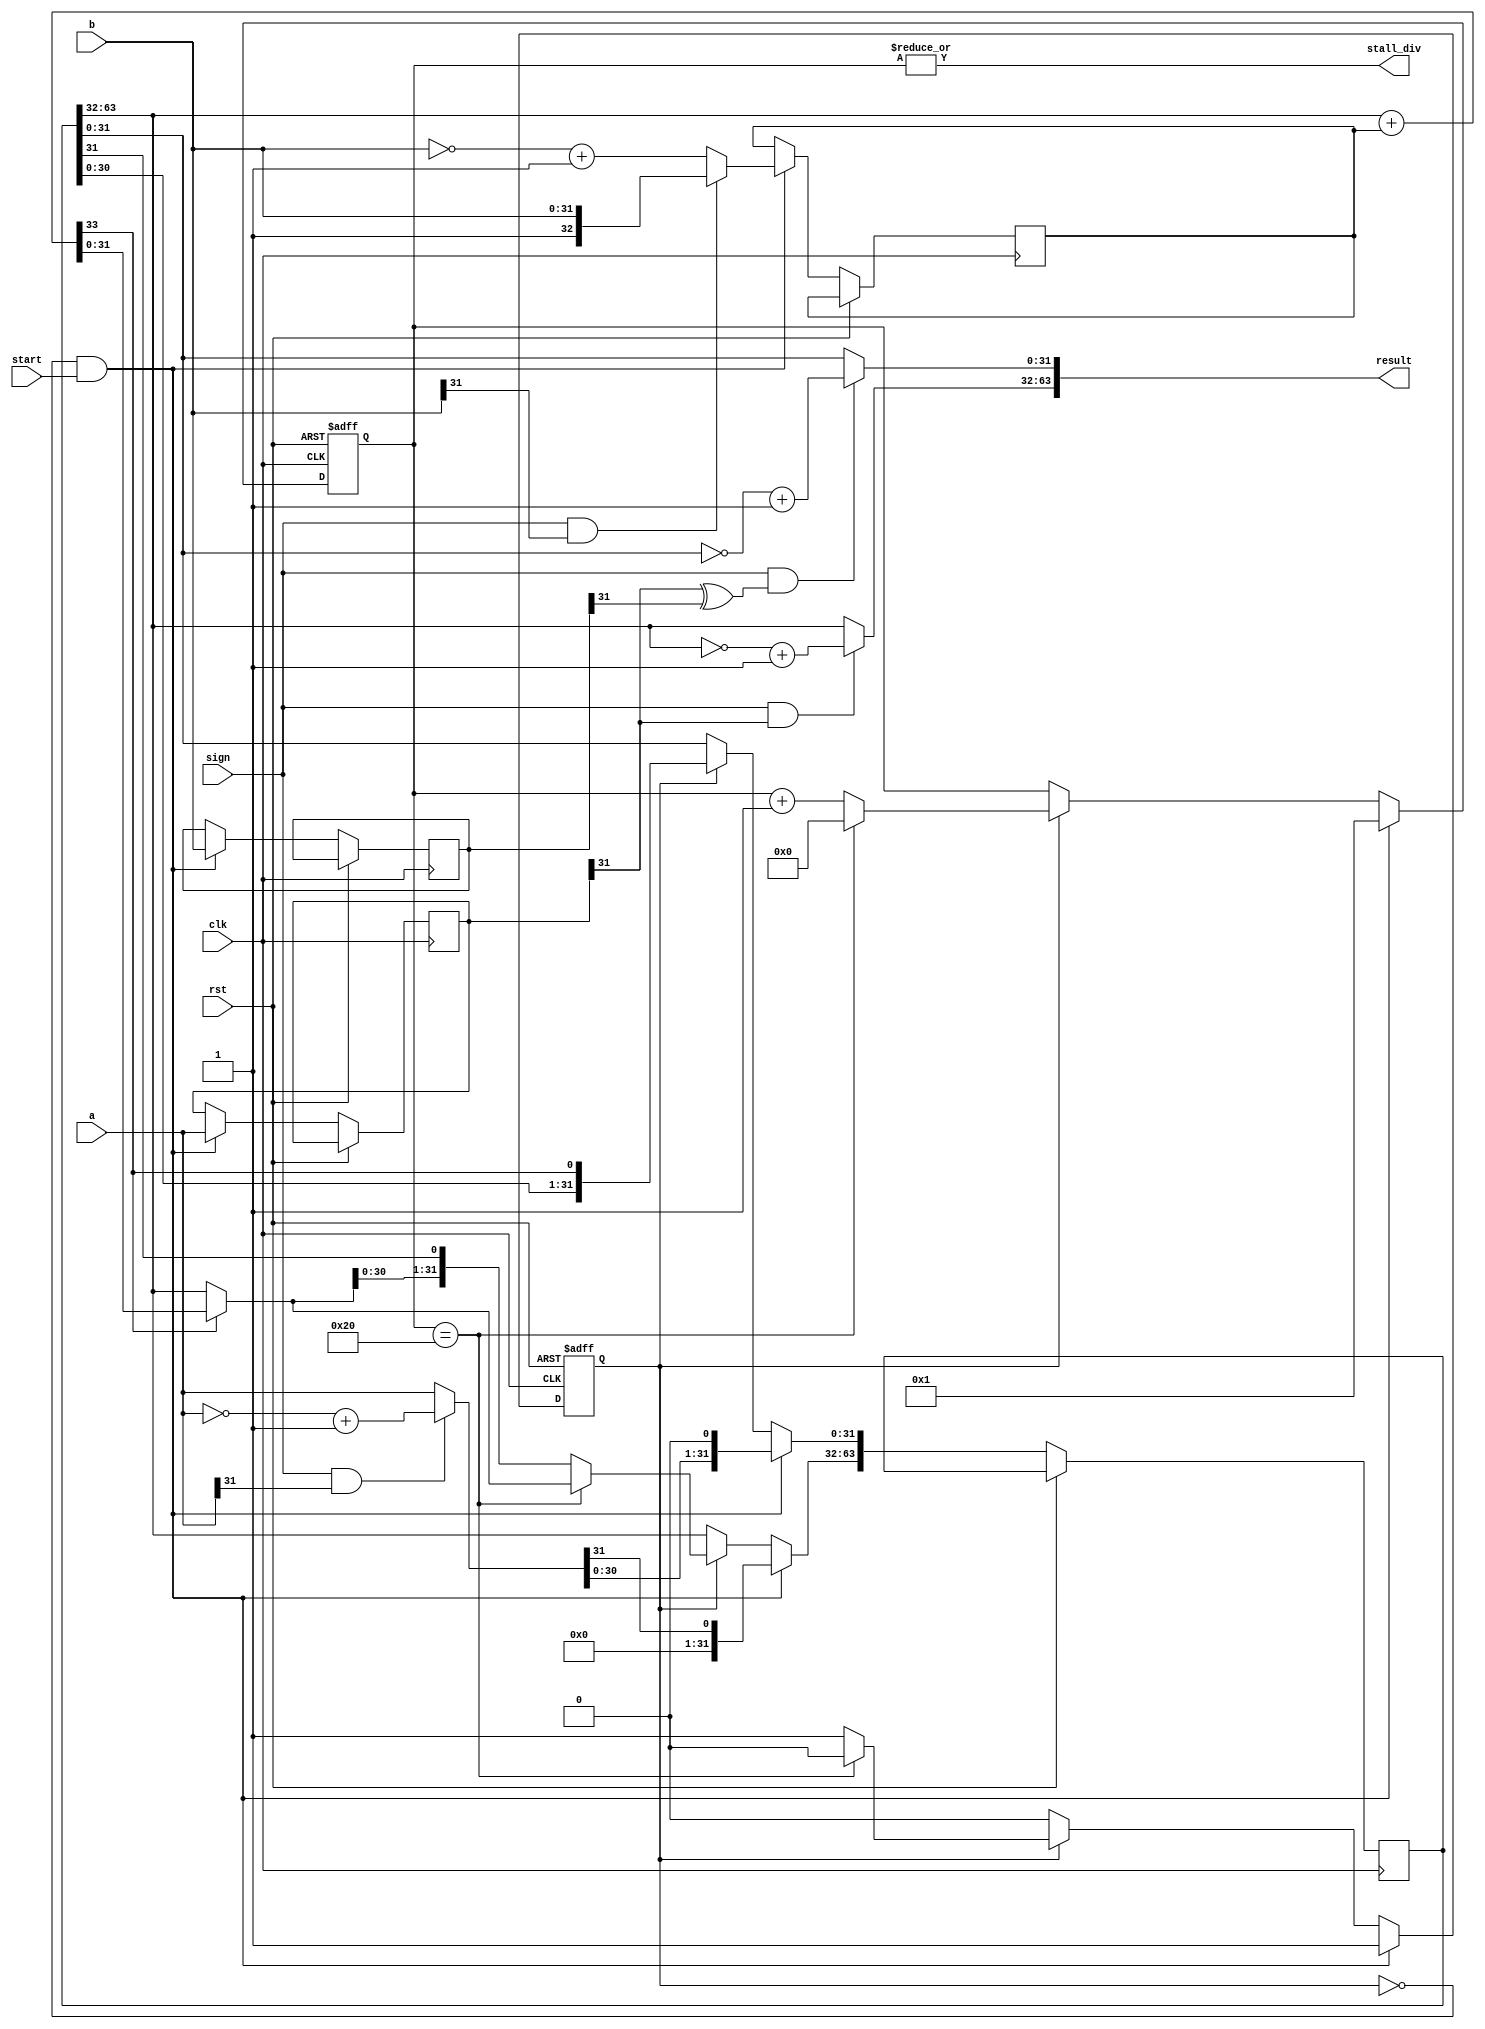
`timescale 1ns / 1ps
//////////////////////////////////////////////////////////////////////////////////
// Company: 
// Engineer: 
// 
// Design Name: 
// Module Name: divide_v1
// Project Name: 
// Target Devices: 
// Tool Versions: 
// Description: 
// 
// Dependencies: 
// 
// Revision:
// Revision 0.01 - File Created
// Additional Comments:
// 
//////////////////////////////////////////////////////////////////////////////////

module divide_v1(
    input               clk,
    input               rst,
    input [31:0]        a,
    input [31:0]        b,
    input               start,
    input               sign,
    output wire         stall_div,
    output [63:0]       result
    );

    reg [31:0] a_tmp,b_tmp;
    reg [63:0] SR;              //shift register
    reg [32:0] NEG_DIVISOR;    // 2's complement
    wire [31:0] REMAINER, QUOTIENT;
    assign REMAINER = SR[63:32];    //
    assign QUOTIENT = SR[31: 0];    //

    wire [31:0] divident_abs;
    wire [32:0] divisor_abs;
    wire [31:0] remainer, quotient;

    assign divident_abs = (sign & a[31]) ? ~a + 1'b1 : a;
    //
    assign remainer = (sign & a_tmp[31]) ? ~REMAINER + 1'b1 : REMAINER;
    assign quotient = sign & (a_tmp[31] ^ b_tmp[31]) ? ~QUOTIENT + 1'b1 : QUOTIENT;
    assign result = {remainer,quotient};

    wire CO;
    wire [32:0] sub_result;
    wire [32:0] mux_result;
    
    assign {CO,sub_result} = {1'b0,REMAINER} + NEG_DIVISOR;//sub
    assign mux_result = CO ? sub_result : {1'b0,REMAINER};//mux

    //
    reg [5:0] cnt;
    reg start_cnt;
    always @(posedge clk, posedge rst) begin
        if(rst) begin
            cnt <= 0;
            start_cnt <= 0;
        end
        else if(!start_cnt & start) begin
            cnt <= 1;
            start_cnt <= 1;
            //Register init
            a_tmp<=a;
            b_tmp<=b;
            SR[63:0] <= {31'b0,divident_abs,1'b0}; //1bit
            NEG_DIVISOR <= (sign & b[31]) ? {1'b1,b} : ~{1'b0,b} + 1'b1; 
        end
        else if(start_cnt) begin
            if(cnt==32) begin
                cnt <= 0;
                start_cnt <= 0;
                //
                SR[63:32] <= mux_result[31:0];
                SR[31:0] <= {SR[30:0],CO};
            end
            else begin
                cnt <= cnt + 1;
                SR[63:0] <= {mux_result[30:0],SR[31:0],CO}; // 
            end
        end
    end
    
    assign stall_div = |cnt; //cnt=0
endmodule